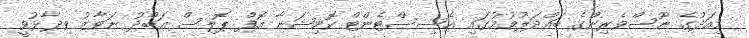
މިއަދުގެ ނޫސްވެރިންގެ ބައްދަލުވުމުގައި އެސިސްޓެންޓް ކޮމިޝަނާ އޮފް ޕޮލިސް އަބްދު ނަވާޒު ވިދާޅުވީ